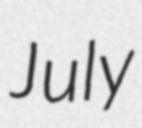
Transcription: July